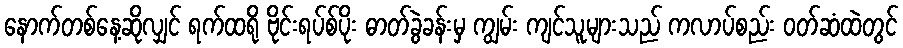
နောက်တစ်နေ့ဆိုလျှင် ရက်ထရို ဗိုင်းရပ်စ်ပိုး ဓာတ်ခွဲခန်းမှ ကျွမ်း ကျင်သူများသည် ကလာပ်စည်း ဝတ်ဆံထဲတွင်